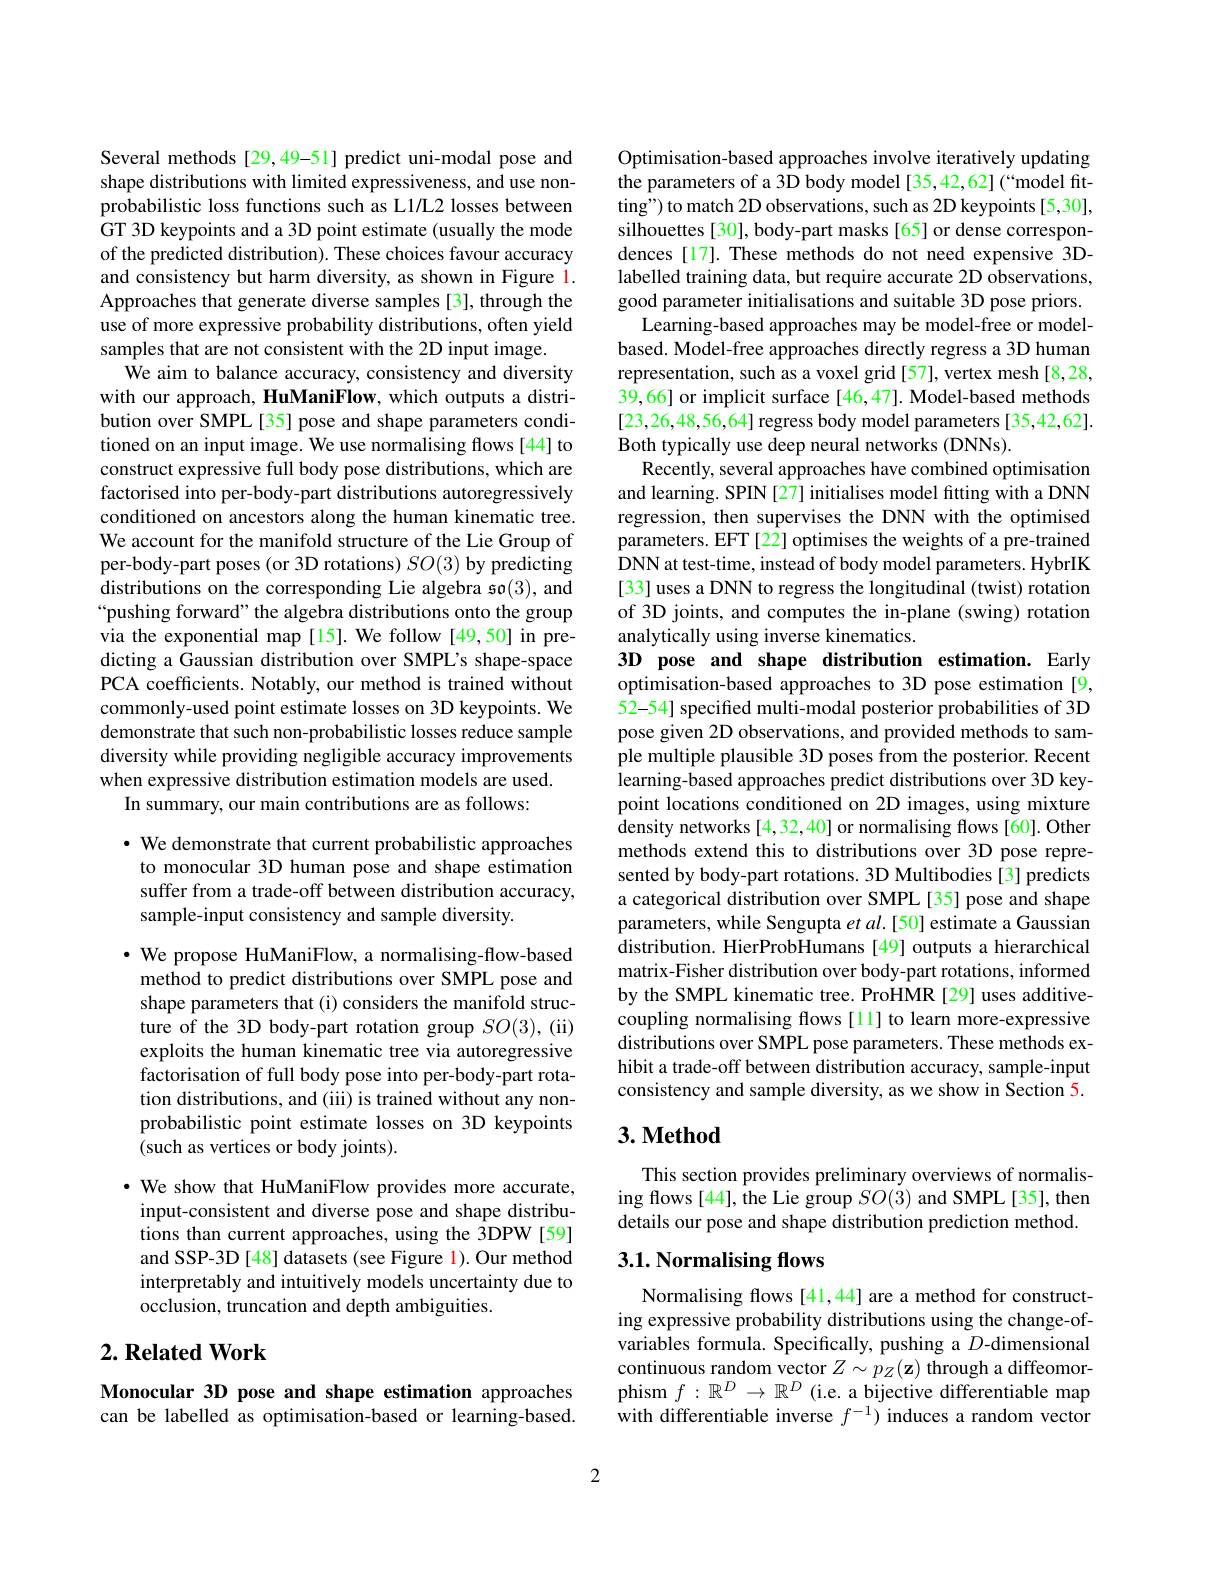
Several methods [29,49-51] predict uni-modal pose and shape distributions with limited expressiveness, and use nonprobabilistic loss functions such as L1/L2 losses between GT 3D keypoints and a 3D point estimate (usually the mode of the predicted distribution). These choices favour accuracy and consistency but harm diversity, as shown in Figure 1. Approaches that generate diverse samples [3], through the use of more expressive probability distributions, often yield samples that are not consistent with the 2D input image.
$\hat{\text{We aim to balance accuracy, consistency and diversity}}$ with our approach, HuManiFlow, which outputs a distribution over SMPL[35] pose and shape parameters conditioned on an input image. We use normalising flows [44] to construct expressive full body pose distributions, which are factorised into per-body-part distributions autoregressively conditioned on ancestors along the human kinematic tree. We account for the manifold structure of the Lie Group of per-body-part poses (or 3D rotations) $SO(3)$ by predicting distributions on the corresponding Lie algebra so(3), and “pushing forward" the algebra distributions onto the group via the exponential map [15]. We follow [49,50] in predicting a Gaussian distribution over SMPL's shape-space PCA coefficients. Notably, our method is trained without commonly-used point estimate losses on 3D keypoints. We demonstrate that such non-probabilistic losses reduce sample diversity while providing negligible accuracy improvements when expressive distribution estimation models are used.
In summary, our main contributions are as follows:

· We demonstrate that current probabilistic approaches to monocular 3D human pose and shape estimation suffer from a trade-off between distribution accuracy, sample-input consistency and sample diversity.

$\cdot$ We propose HuManiFlow, a normalising-flow-based method to predict distributions over SMPL pose and shape parameters that (i) considers the manifold structure of the 3D body-part rotation group $SO(3)$,(ii) exploits the human kinematic tree via autoregressive factorisation of full body pose into per-body-part rotation distributions, and (iii) is trained without any nonprobabilistic point estimate losses on 3D keypoints (such as vertices or body joints).

$\cdot$ We show that HuManiFlow provides more accurate, input-consistent and diverse pose and shape distributions than current approaches, using the 3DPW[59] and SSP-3D [48] datasets (see Figure 1). Our method interpretably and intuitively models uncertainty due to occlusion, truncation and depth ambiguities.

## $2. \textbf{Related Work}$

Monocular 3D pose and shape estimation approaches can be labelled as optimisation-based or learning-based.

Optimisation-based approaches involve iteratively updating the parameters of a 3D body model [35,42,62] (“model fitting") to match 2D observations, such as 2D keypoints [5,30], silhouettes [30], body-part masks [65] or dense correspondences[17]. These methods do not need expensive 3Dlabelled training data, but require accurate 2D observations, good parameter initialisations and suitable 3D pose priors.
Learning-based approaches may be model-free or modelbased. Model-free approaches directly regress a 3D human representation, such as a voxel grid [57], vertex mesh [8,28, 39,66] or implicit surface [46,47]. Model-based methods [23,26,48,56,64] regress body model parameters[35,42,62]. Both typically use deep neural networks (DNNs).
Recently, several approaches have combined optimisation and learning. SPIN [27] initialises model fitting with a DNN regression, then supervises the DNN with the optimised parameters. EFT[22] optimises the weights of a pre-trained $\hat{\text{DNN at test-time, instead of body model parameters. HybrIK}}$ [33] uses a DNN to regress the longitudinal (twist) rotation of 3D joints, and computes the in-plane (swing) rotation analytically using inverse kinematics.
3D pose and shape distribution estimation. Early

optimisation-based approaches to 3D pose estimation [9, 52-54] specified multi-modal posterior probabilities of 3D pose given 2D observations, and provided methods to sample multiple plausible 3D poses from the posterior. Recent learning-based approaches predict distributions over 3D keypoint locations conditioned on 2D images, using mixture density networks [4,32,40] or normalising flows [60]. Other methods extend this to distributions over 3D pose represented by body-part rotations. 3D Multibodies[3] predicts a categorical distribution over SMPL [35] pose and shape parameters, while Sengupta $etal.[50]$ estimate a Gaussian distribution. HierProbHumans [49] outputs a hierarchical matrix-Fisher distribution over body-part rotations, informed by the SMPL kinematic tree. ProHMR [29] uses additivecoupling normalising flows [11] to learn more-expressive distributions over SMPL pose parameters. These methods exhibit a trade-off between distribution accuracy, sample-input consistency and sample diversity, as we show in Section 5.

## $3. \textbf{Method}$

This section provides preliminary overviews of normalising flows [44], the Lie group $SO(3)$ and SMPL[35], then details our pose and shape distribution prediction method.

## 3.1. Normalising flows

Normalising flows [41,44] are a method for constructing expressive probability distributions using the change-ofvariables formula. Specifically, pushing a $D$-dimensional continuous random vector $Z\sim p_Z(\mathbf{z})$ through a diffeomorphism $f:\mathbb{R}^D\to\mathbb{R}^D$ (i.e. a bijective differentiable map with differentiable inverse $f^{-1})$ induces a random vector

2